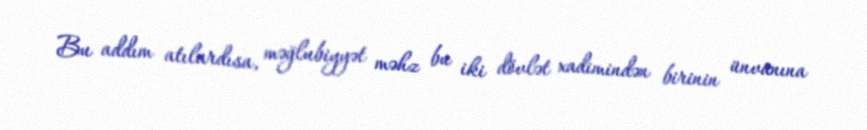
Bu addım atılardısa, məğlubiyyət məhz bu iki dövlət xadimindən birinin ünvanına